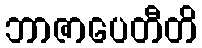
ဘာဇာပေတီတိ